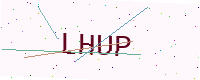
Text: LHUP